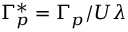
\Gamma _ { p } ^ { \ast } = \Gamma _ { p } / U \lambda